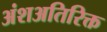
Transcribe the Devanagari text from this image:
अंशअतिरिक्त